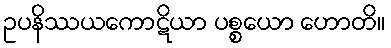
ဥပနိဿယကောဋိယာ ပစ္စယော ဟောတိ။